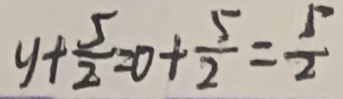
y + \frac { 5 } { 2 } = 0 + \frac { 5 } { 2 } = \frac { 5 } { 2 }